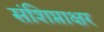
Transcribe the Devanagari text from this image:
संशिप्ताक्षर